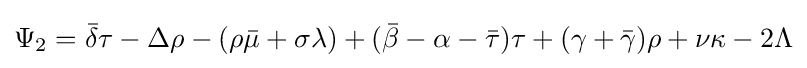
\Psi _{2}={\bar {\delta }}\tau -\Delta \rho -(\rho {\bar {\mu }}+\sigma \lambda )+({\bar {\beta }}-\alpha -{\bar {\tau }})\tau +(\gamma +{\bar {\gamma }})\rho +\nu \kappa -2\Lambda